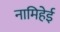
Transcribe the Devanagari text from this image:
नामिहेई